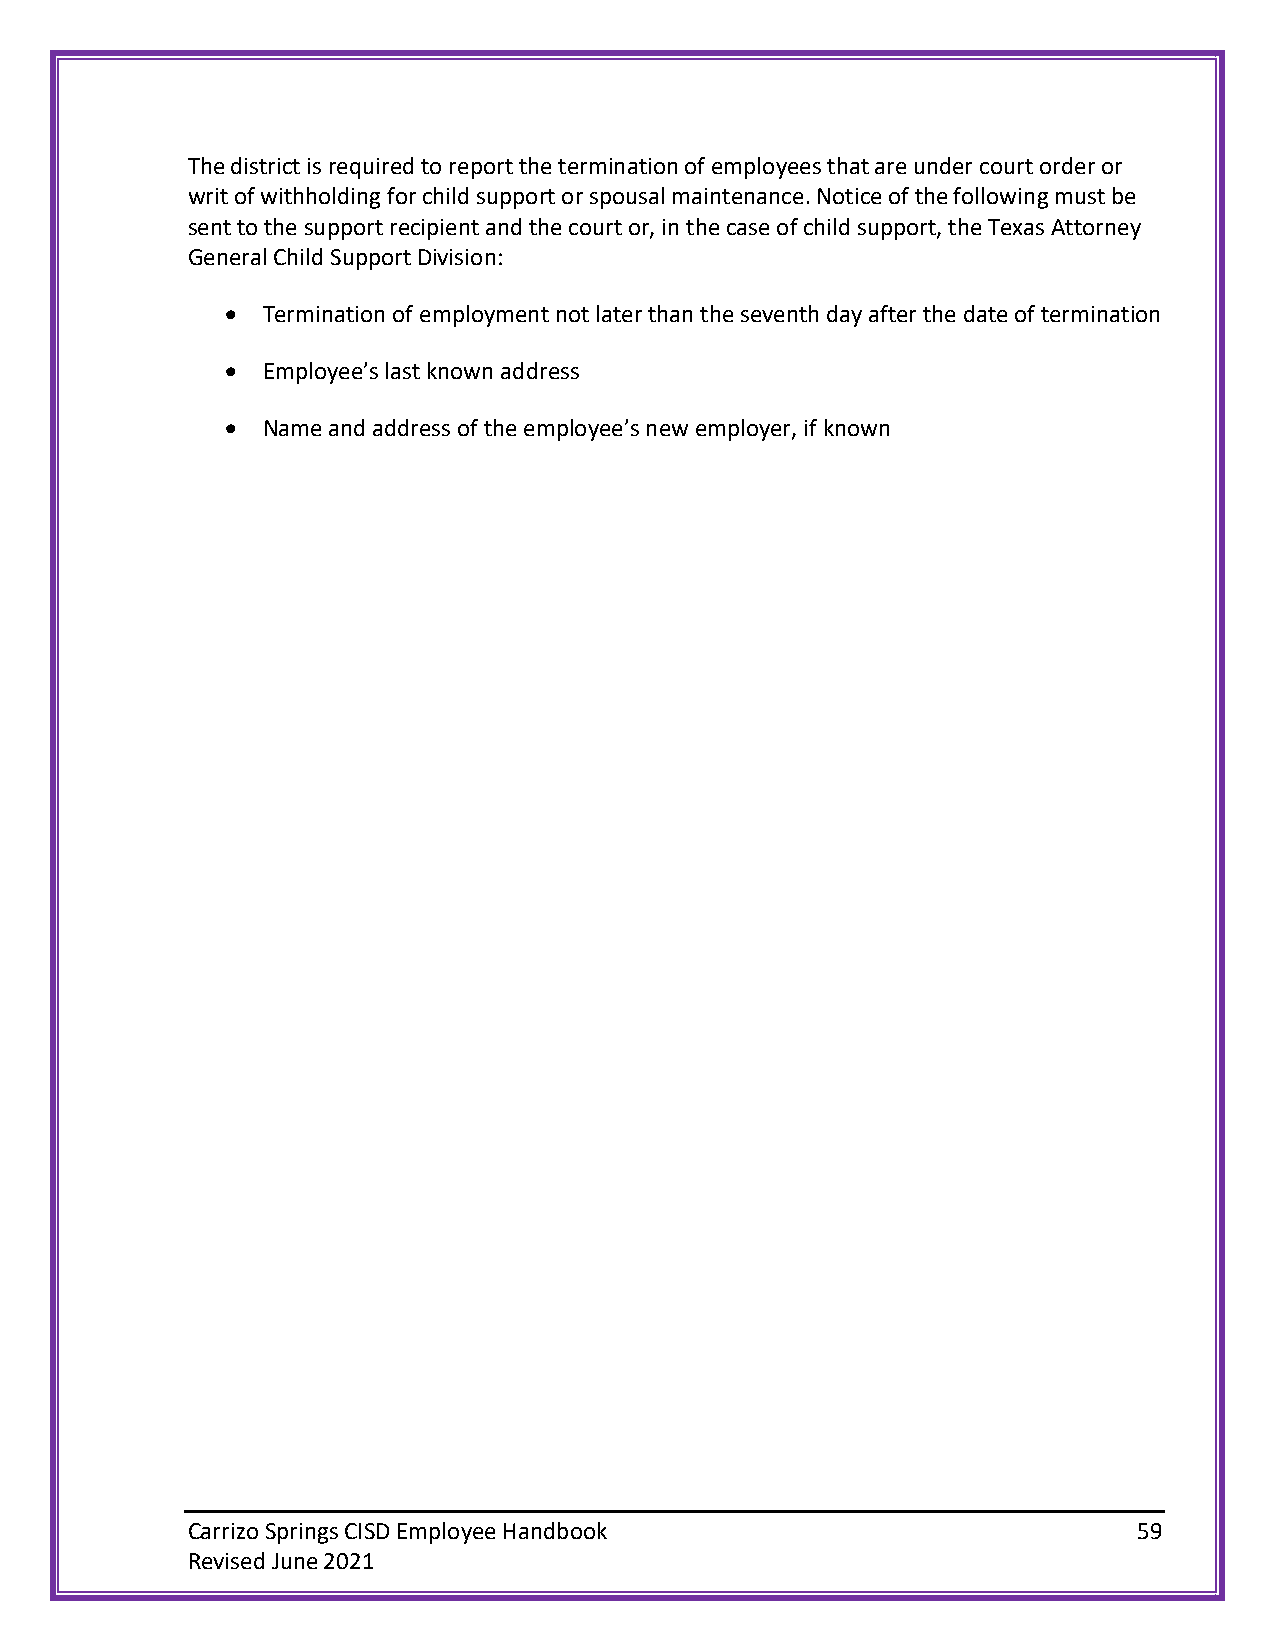
The district is required to report the termination of employees that are under court order or
 writ of withholding for child support or spousal maintenance. Notice of the following must be
 sent to the support recipient and the court or, in the case of child support, the Texas Attorney
 General Child Support Division:
 • Termination of employment not later than the seventh day after the date of termination
 • Employee’s last known address
 • Name and address of the employee’s new employer, if known
 Carrizo Springs CISD Employee Handbook                         59
 Revised June 2021